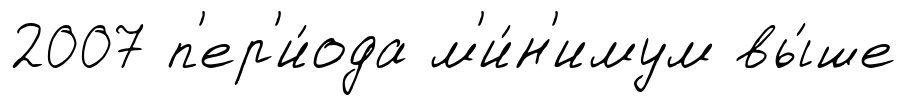
2007 п'ер'и́ода м'и́н'имум вы́ше